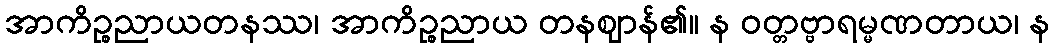
အာကိဉ္စညာယတနဿ၊ အာကိဉ္စညာယ တနဈာန်၏။ န ဝတ္တဗ္ဗာရမ္မဏတာယ၊ န